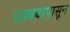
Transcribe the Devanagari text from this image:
धक्क्यापासून